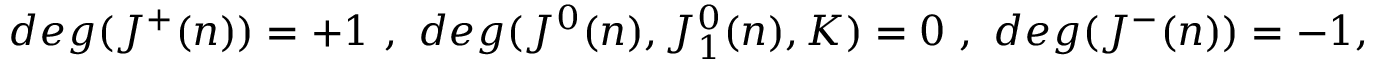
d e g ( J ^ { + } ( n ) ) = + 1 \ , \ d e g ( J ^ { 0 } ( n ) , J _ { 1 } ^ { 0 } ( n ) , K ) = 0 \ , \ d e g ( J ^ { - } ( n ) ) = - 1 ,